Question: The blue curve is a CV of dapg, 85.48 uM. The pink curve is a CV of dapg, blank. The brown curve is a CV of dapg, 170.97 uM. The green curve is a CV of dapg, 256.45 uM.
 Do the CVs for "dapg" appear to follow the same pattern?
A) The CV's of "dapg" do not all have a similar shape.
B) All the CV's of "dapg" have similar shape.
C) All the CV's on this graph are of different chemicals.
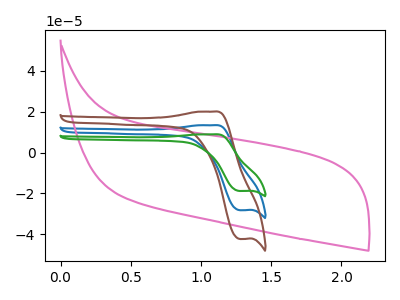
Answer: <think>The blue curve "dapg, 85.48 uM" has an anodic peak at (1.10V, 13.35uA) and a cathodic peak at (1.30V, -28.20uA). The pink curve "dapg, blank" has no peaks. The brown curve "dapg, 170.97 uM" has an anodic peak at (1.10V, 20.00uA) and a cathodic peak at (1.30V, -42.25uA). The green curve "dapg, 256.45 uM" has an anodic peak at (1.10V, 26.70uA) and a cathodic peak at (1.30V, -56.40uA).
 "dapg, 85.48 uM" and "dapg, blank" have a different number of peaks. All the peaks in "dapg, 85.48 uM" have a peak in "dapg, 170.97 uM" at the same potential. Every peak in "dapg, 85.48 uM" is lower than every peak in "dapg, 170.97 uM". All the peaks in "dapg, 85.48 uM" have a peak in "dapg, 256.45 uM" at the same potential. Every peak in "dapg, 85.48 uM" is lower than every peak in "dapg, 256.45 uM". "dapg, blank" and "dapg, 170.97 uM" have a different number of peaks. "dapg, blank" and "dapg, 256.45 uM" have a different number of peaks. All the peaks in "dapg, 170.97 uM" have a peak in "dapg, 256.45 uM" at the same potential. Every peak in "dapg, 170.97 uM" is lower than every peak in "dapg, 256.45 uM".</think>
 <answer>B) All the CV's of "dapg" have similar shape.</answer>
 <eval>B</eval>